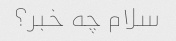
سلام چه خبر؟